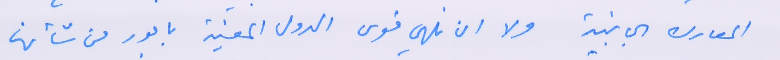
المعارك الجانبية ولا ان نلهي قوى الدول المعنية بامور من شأنها